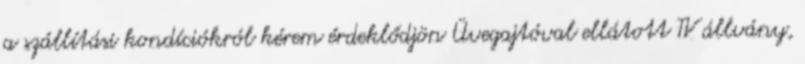
a szállítási kondíciókról kérem érdeklődjön Üvegajtóval ellátott TV állvány,